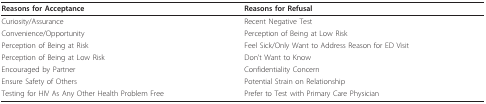
<table><thead><tr><td><b>Reasons for Acceptance</b></td><td><b>Reasons for Refusal</b></td></tr></thead><tbody><tr><td>Curiosity/Assurance</td><td>Recent Negative Test</td></tr><tr><td>Convenience/Opportunity</td><td>Perception of Being at Low Risk</td></tr><tr><td>Perception of Being at Risk</td><td>Feel Sick/Only Want to Address Reason for ED Visit</td></tr><tr><td>Perception of Being at Low Risk</td><td>Don&#x27;t Want to Know</td></tr><tr><td>Encouraged by Partner</td><td>Confidentiality Concern</td></tr><tr><td>Ensure Safety of Others</td><td>Potential Strain on Relationship</td></tr><tr><td>Testing for HIV As Any Other Health Problem Free</td><td>Prefer to Test with Primary Care Physician</td></tr></tbody></table>